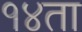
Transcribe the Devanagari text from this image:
१४ता